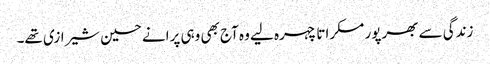
زندگی سے بھرپور مسکراتا چہرہ لیے وہ آج بھی وہی پرانے حسین شیرازی تھے۔